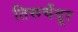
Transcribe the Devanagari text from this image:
तिरूचेंदूर